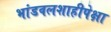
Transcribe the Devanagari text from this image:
भांडवलशाहीपेक्षा